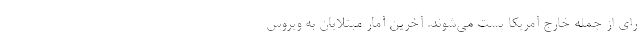
رای از جمله خارج آمریکا پست می‌شوند. آخرین آمار مبتلایان به ویروس